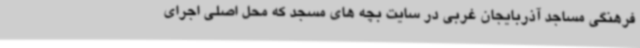
فرهنگی مساجد آذربایجان غربی در سایت بچه های مسجد که محل اصلی اجرای